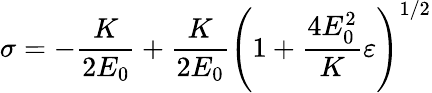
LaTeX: \sigma=-\frac{K}{2E_{0}}+\frac{K}{2E_{0}}\left(1+\frac{4E_{0}^{2}}{K}\varepsilon\right)^{1/2}